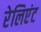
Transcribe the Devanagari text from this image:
रेलिएंट